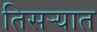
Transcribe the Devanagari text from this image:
तिसर्‍यात